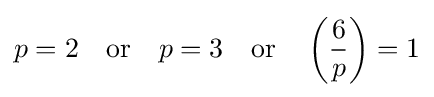
p=2\quad {\mbox{or}}\quad p=3\quad {\mbox{or}}\quad \left({\frac {6}{p}}\right)=1